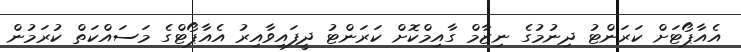
އެއާޕޯޓަށް ކަރަންޓު ދިނުމުގެ ނިޒާމް ގާއިމްކޮށް ކަރަންޓު ދީފައިވާއިރު އެއާޕޯޓްގެ މަސައްކަތް ކުރަމުން